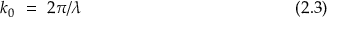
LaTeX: k _ { 0 } ~ = ~ 2 \pi / \lambda ~ ~ ~ ~ ~ ~ ~ ~ ~ ~ ~ ~ ~ ~ ~ ~ ~ ~ ~ ~ ~ ~ ~ ~ ~ ~ ~ ~ ~ ~ ~ ~ ~ ~ ~ ~ ~ ~ ( 2 . 3 )